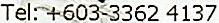
TEL: +603-3362 4137